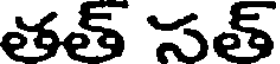
తత్ సత్